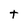
Character: t